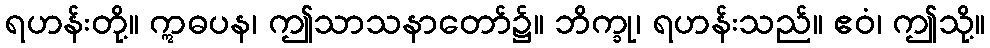
ရဟန်းတို့။ ဣဓပန၊ ဤသာသနာတော်၌။ ဘိက္ခု၊ ရဟန်းသည်။ ဧဝံ၊ ဤသို့။